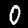
Label: 0